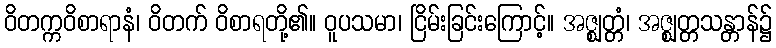
ဝိတက္ကဝိစာရာနံ၊ ဝိတက် ဝိစာရတို့၏။ ဝူပသမာ၊ ငြိမ်းခြင်းကြောင့်။ အဇ္ဈတ္တံ၊ အဇ္ဈတ္တသန္တာန်၌